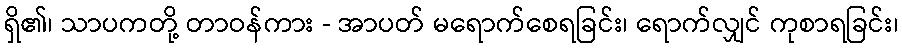
ရှိ၏၊ သာပကတို့ တာဝန်ကား - အာပတ် မရောက်စေရခြင်း၊ ရောက်လျှင် ကုစာရခြင်း၊